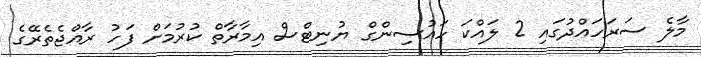
މާލެ ސަރަހައްދުގައި 2 ލައްކަ ހައުސިންގް ޔުނިޓްސް އިމާރާތް ކުރުމަށް ފަހު ރާއްޖެތެރޭގެ